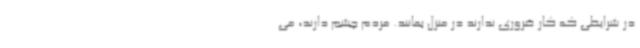
در شرایطی که کار ضروری ندارند در منزل بمانند. مردم چشم دارند، می‌